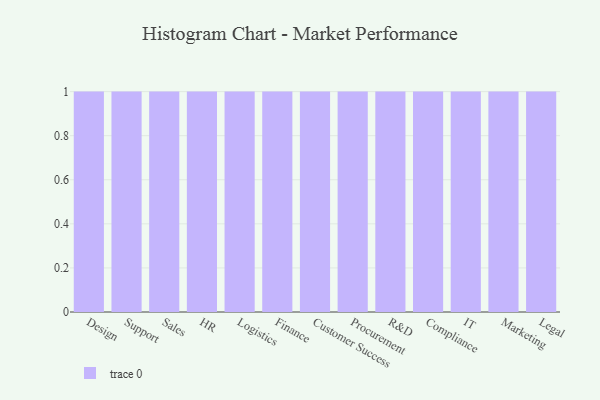
{"axis": {"x": "Department", "y": "Active Users"}, "legend": [""], "data": [{"x": "Design", "y": 9, "type": ""}, {"x": "Support", "y": 62, "type": ""}, {"x": "Sales", "y": 40, "type": ""}, {"x": "HR", "y": 12, "type": ""}, {"x": "Logistics", "y": 98, "type": ""}, {"x": "Finance", "y": 6, "type": ""}, {"x": "Customer Success", "y": 54, "type": ""}, {"x": "Procurement", "y": 52, "type": ""}, {"x": "R&D", "y": 98, "type": ""}, {"x": "Compliance", "y": 82, "type": ""}, {"x": "IT", "y": 35, "type": ""}, {"x": "Marketing", "y": 7, "type": ""}, {"x": "Legal", "y": 87, "type": ""}]}